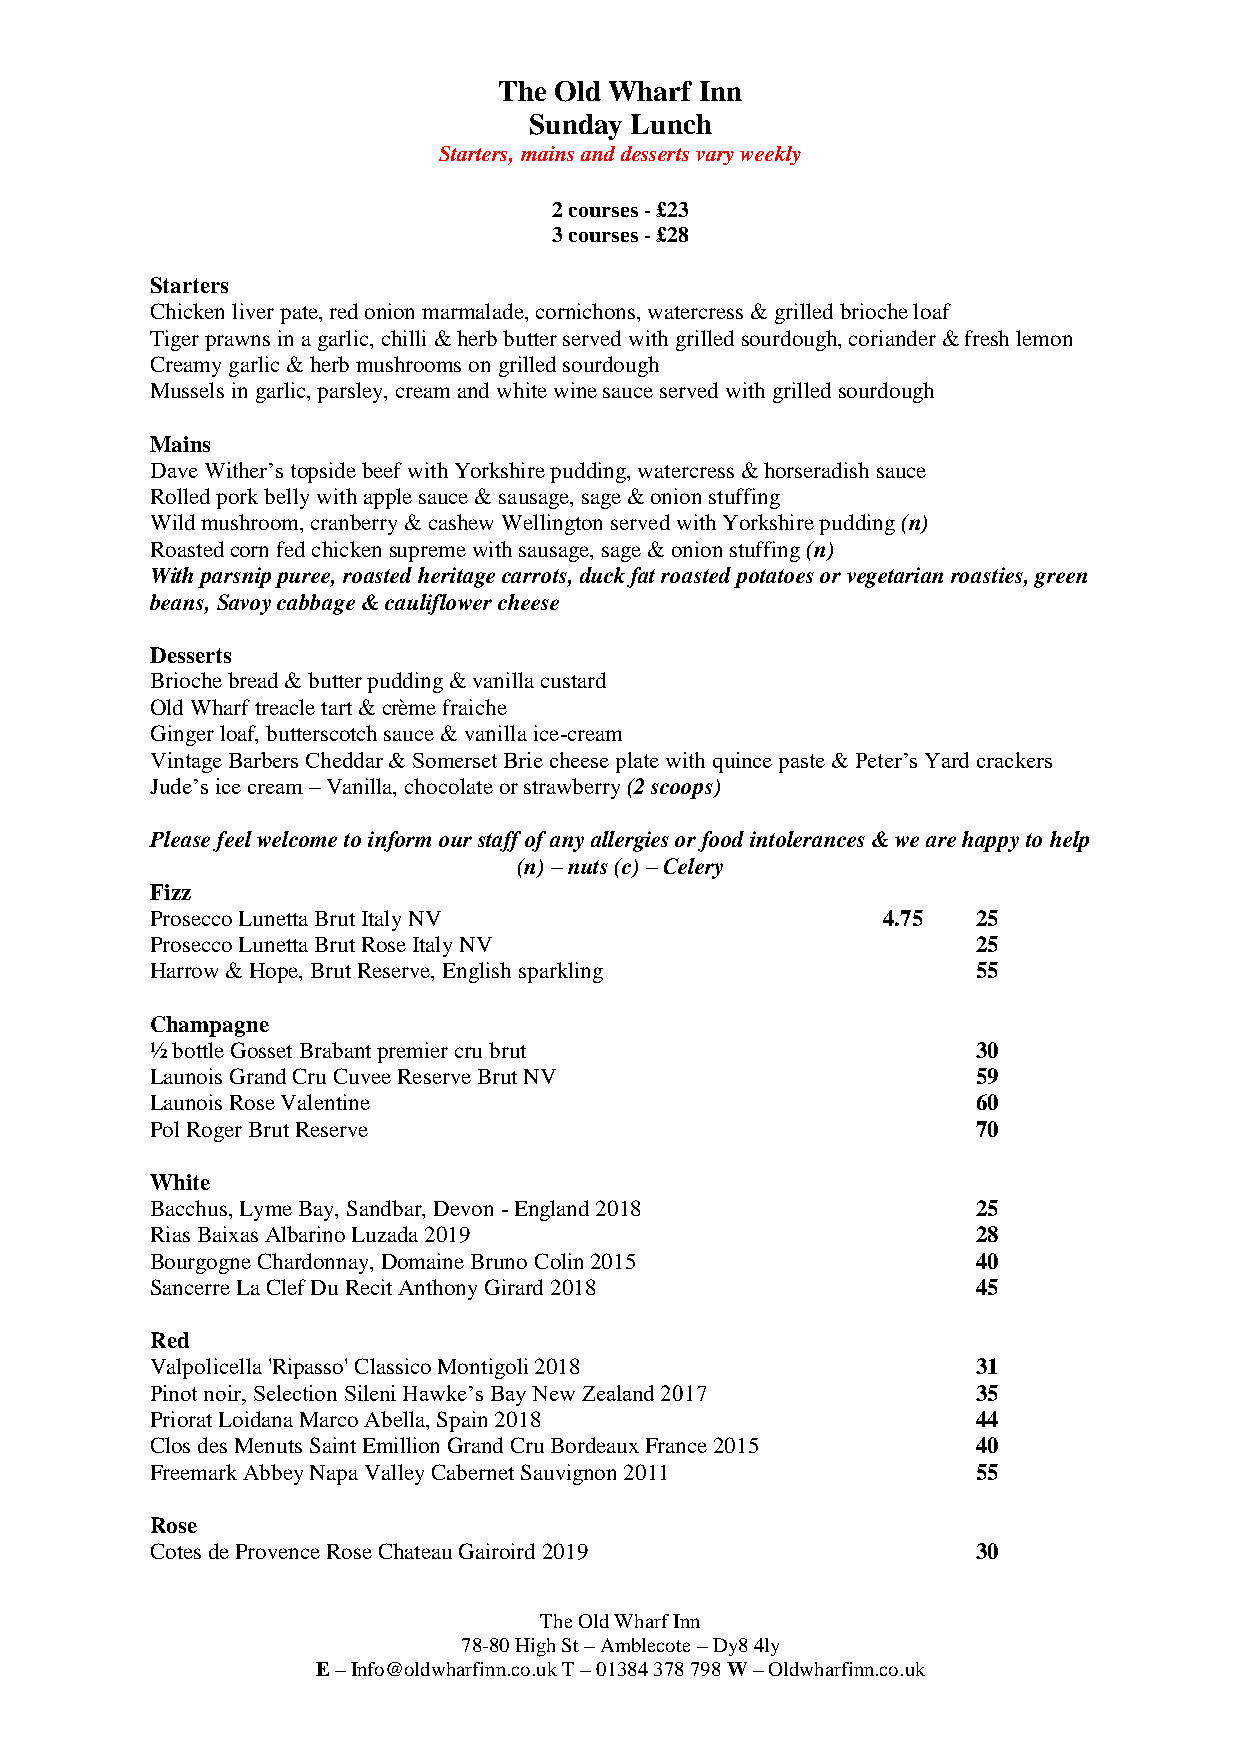
The Old Wharf Inn
 Sunday Lunch
 Starters, mains and desserts vary weekly
 2 courses - £23
 3 courses - £28
 Starters
 Chicken liver pate, red onion marmalade, cornichons, watercress & grilled brioche loaf
 Tiger prawns in a garlic, chilli & herb butter served with grilled sourdough, coriander & fresh lemon
 Creamy garlic & herb mushrooms on grilled sourdough
 Mussels in garlic, parsley, cream and white wine sauce served with grilled sourdough
 Mains
 Dave Wither’s topside beef with Yorkshire pudding, watercress & horseradish sauce
 Rolled pork belly with apple sauce & sausage, sage & onion stuffing
 Wild mushroom, cranberry & cashew Wellington served with Yorkshire pudding (n)
 Roasted corn fed chicken supreme with sausage, sage & onion stuffing (n)
 With parsnip puree, roasted heritage carrots, duck fat roasted potatoes or vegetarian roasties, green
 beans, Savoy cabbage & cauliflower cheese
 Desserts
 Brioche bread & butter pudding & vanilla custard
 Old Wharf treacle tart & crème fraiche
 Ginger loaf, butterscotch sauce & vanilla ice-cream
 Vintage Barbers Cheddar & Somerset Brie cheese plate with quince paste & Peter’s Yard crackers
 Jude’s ice cream – Vanilla, chocolate or strawberry (2 scoops)
 Please feel welcome to inform our staff of any allergies or food intolerances & we are happy to help
 (n) – nuts (c) – Celery
 Fizz
 Prosecco Lunetta Brut Italy NV                  4.75   25
 Prosecco Lunetta Brut Rose Italy NV                    25
 Harrow & Hope, Brut Reserve, English sparkling         55
 Champagne
 ½ bottle Gosset Brabant premier cru brut               30
 Launois Grand Cru Cuvee Reserve Brut NV                59
 Launois Rose Valentine                                 60
 Pol Roger Brut Reserve                                 70
 White
 Bacchus, Lyme Bay, Sandbar, Devon - England 2018       25
 Rias Baixas Albarino Luzada 2019                       28
 Bourgogne Chardonnay, Domaine Bruno Colin 2015         40
 Sancerre La Clef Du Recit Anthony Girard 2018          45
 Red
 Valpolicella 'Ripasso' Classico Montigoli 2018         31
 Pinot noir, Selection Sileni Hawke’s Bay New Zealand 2017 35
 Priorat Loidana Marco Abella, Spain 2018               44
 Clos des Menuts Saint Emillion Grand Cru Bordeaux France 2015 40
 Freemark Abbey Napa Valley Cabernet Sauvignon 2011     55
 Rose
 Cotes de Provence Rose Chateau Gairoird 2019           30
 The Old Wharf Inn
 78-80 High St – Amblecote – Dy8 4ly
 E – Info@oldwharfinn.co.uk T – 01384 378 798 W – Oldwharfinn.co.uk